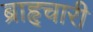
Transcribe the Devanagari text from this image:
ब्राहृचारी